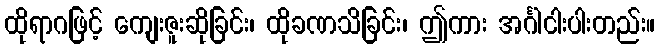
ထိုရာဂဖြင့် ကျေးဇူးဆိုခြင်း၊ ထိုခဏသိခြင်း၊ ဤကား အင်္ဂါငါးပါးတည်း။